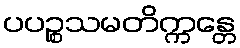
ပပဉ္စသမတိက္ကန္တေ